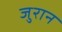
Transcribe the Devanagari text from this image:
जुरान